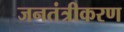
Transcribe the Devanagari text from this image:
जनतंत्रीकरण